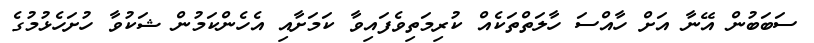
ސަބަބުން އޭނާ އަށް ހާއްސަ ހާލަތްތަކެއް ކުރިމަތިވެފައިވާ ކަމަށާއި އެހެންކަމުން ޝަކުވާ ހުށަހެޅުމުގެ